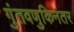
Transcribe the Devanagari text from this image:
गुंतवणुकिनंतर